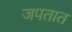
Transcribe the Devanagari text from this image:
जपतात